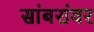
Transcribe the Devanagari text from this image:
सांबरांवर